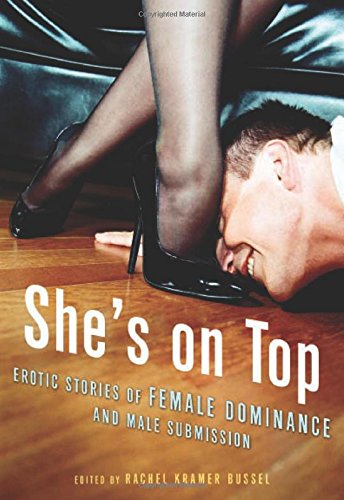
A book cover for She's on Top: Erotic Stories of Female Dominance and Male Submission; Romance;